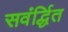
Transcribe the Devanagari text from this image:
सवंर्द्धित